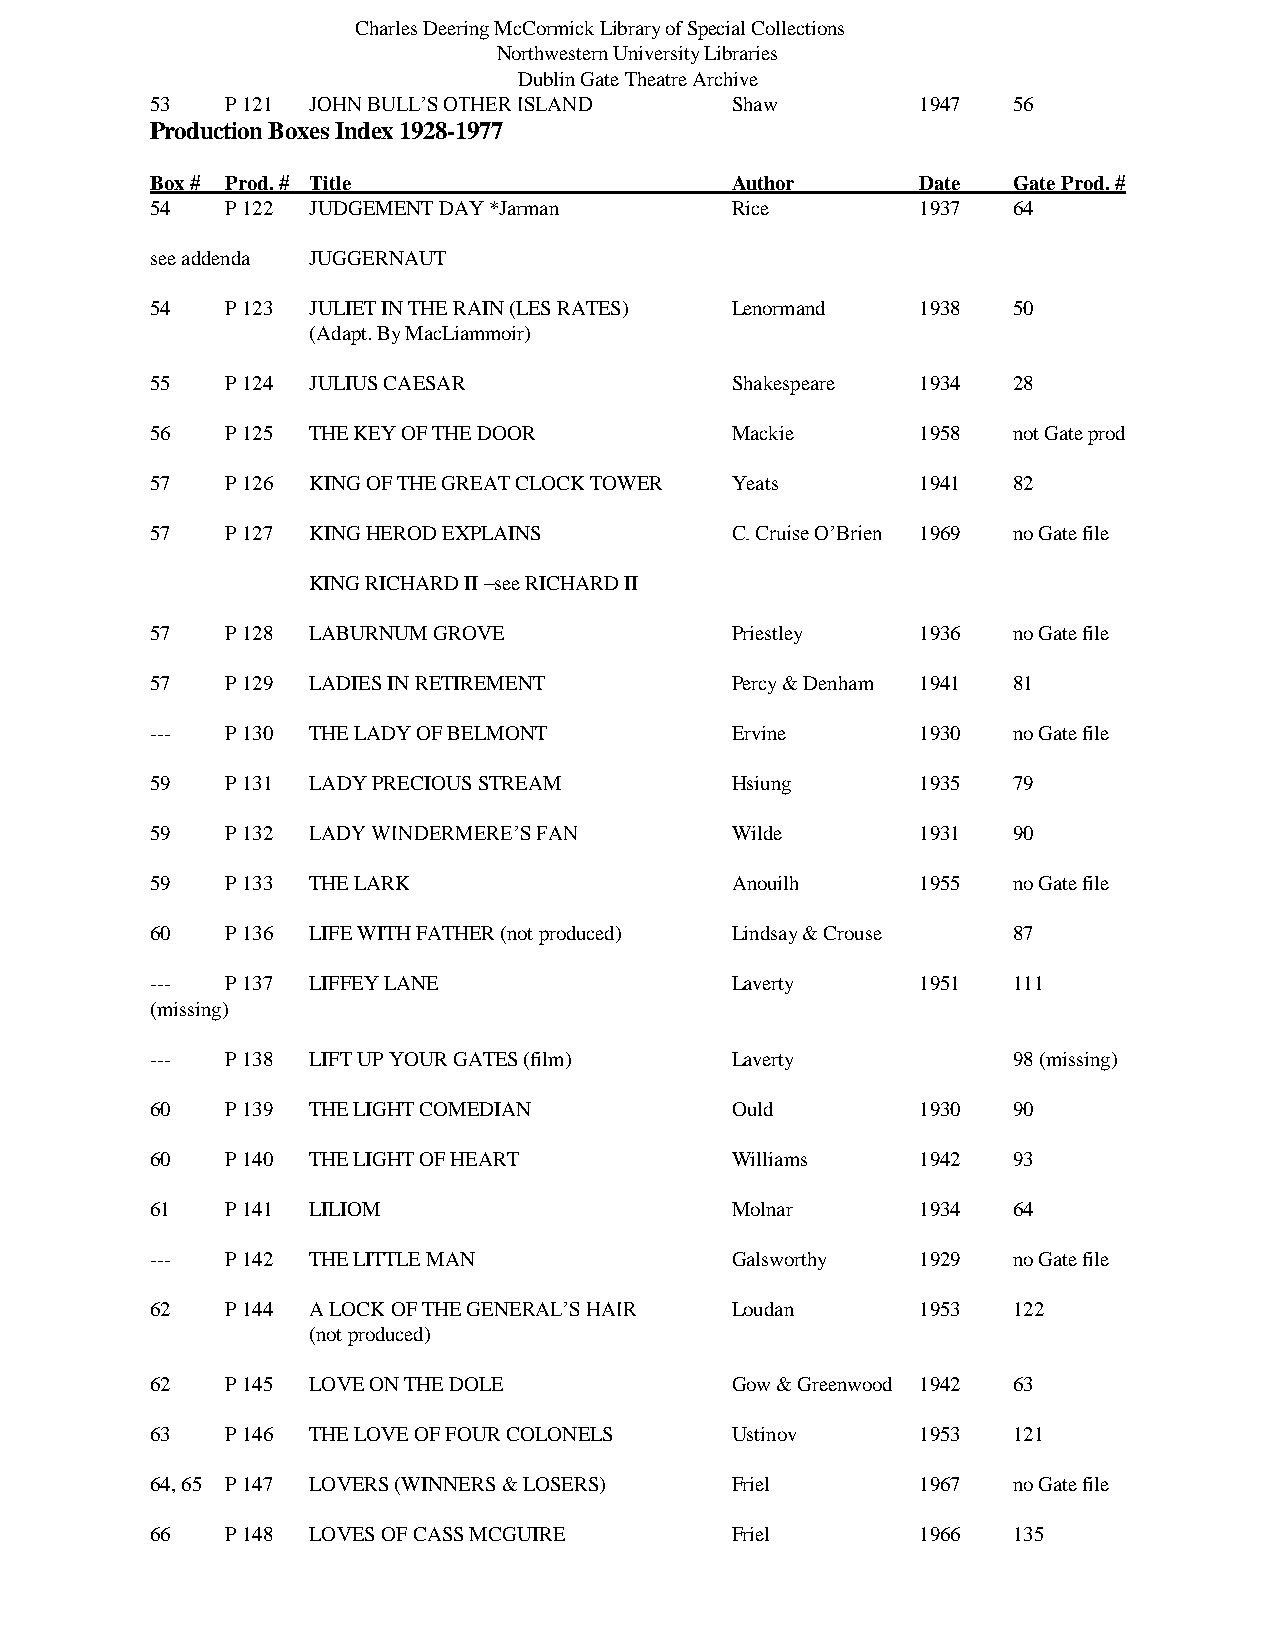
Charles Deering McCormick Library of Special Collections
 Northwestern University Libraries
 Dublin Gate Theatre Archive
 53   P 121 JOHN BULL’S OTHER ISLAND   Shaw         1947  56
 Production Boxes Index 1928-1977
 Box # Prod. # Title                   Author       Date  Gate Prod. #
 54   P 122 JUDGEMENT DAY *Jarman      Rice         1937  64
 see addenda JUGGERNAUT
 54   P 123 JULIET IN THE RAIN (LES RATES) Lenormand 1938 50
 (Adapt. By MacLiammoir)
 55   P 124 JULIUS CAESAR              Shakespeare  1934  28
 56   P 125 THE KEY OF THE DOOR        Mackie       1958  not Gate prod
 57   P 126 KING OF THE GREAT CLOCK TOWER Yeats     1941  82
 57   P 127 KING HEROD EXPLAINS        C. Cruise O’Brien 1969 no Gate file
 KING RICHARD II –see RICHARD II
 57   P 128 LABURNUM GROVE             Priestley    1936  no Gate file
 57   P 129 LADIES IN RETIREMENT       Percy & Denham 1941 81
 ---  P 130 THE LADY OF BELMONT        Ervine       1930  no Gate file
 59   P 131 LADY PRECIOUS STREAM       Hsiung       1935  79
 59   P 132 LADY WINDERMERE’S FAN      Wilde        1931  90
 59   P 133 THE LARK                   Anouilh      1955  no Gate file
 60   P 136 LIFE WITH FATHER (not produced) Lindsay & Crouse 87
 ---  P 137 LIFFEY LANE                Laverty      1951  111
 (missing)
 ---  P 138 LIFT UP YOUR GATES (film)  Laverty            98 (missing)
 60   P 139 THE LIGHT COMEDIAN         Ould         1930  90
 60   P 140 THE LIGHT OF HEART         Williams     1942  93
 61   P 141 LILIOM                     Molnar       1934  64
 ---  P 142 THE LITTLE MAN             Galsworthy   1929  no Gate file
 62   P 144 A LOCK OF THE GENERAL’S HAIR Loudan     1953  122
 (not produced)
 62   P 145 LOVE ON THE DOLE           Gow & Greenwood 1942 63
 63   P 146 THE LOVE OF FOUR COLONELS  Ustinov      1953  121
 64, 65 P 147 LOVERS (WINNERS & LOSERS) Friel       1967  no Gate file
 66   P 148 LOVES OF CASS MCGUIRE      Friel        1966  135